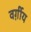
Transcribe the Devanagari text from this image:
वर्ग़ीय